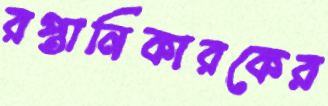
রপ্তানিকারকের